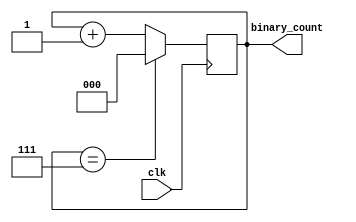
module clock_divider (
    input wire clk,
    output reg [2:0] binary_count
);

reg [2:0] count_reg;

always @(posedge clk) begin
    if (count_reg == 3'b111) begin
        count_reg <= 3'b000;
    end else begin
        count_reg <= count_reg + 1;
    end
end

assign binary_count = count_reg;

endmodule